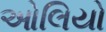
ઓલિયો